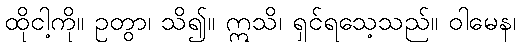
ထိုငါ့ကို။ ဥတွာ၊ သိ၍။ ဣသိ၊ ရှင်ရသေ့သည်။ ဝါမေန၊